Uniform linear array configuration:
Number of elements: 48
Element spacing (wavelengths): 1
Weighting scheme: blackman
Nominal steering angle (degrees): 45
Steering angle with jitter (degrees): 46.87
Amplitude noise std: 0.05
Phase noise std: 0.05

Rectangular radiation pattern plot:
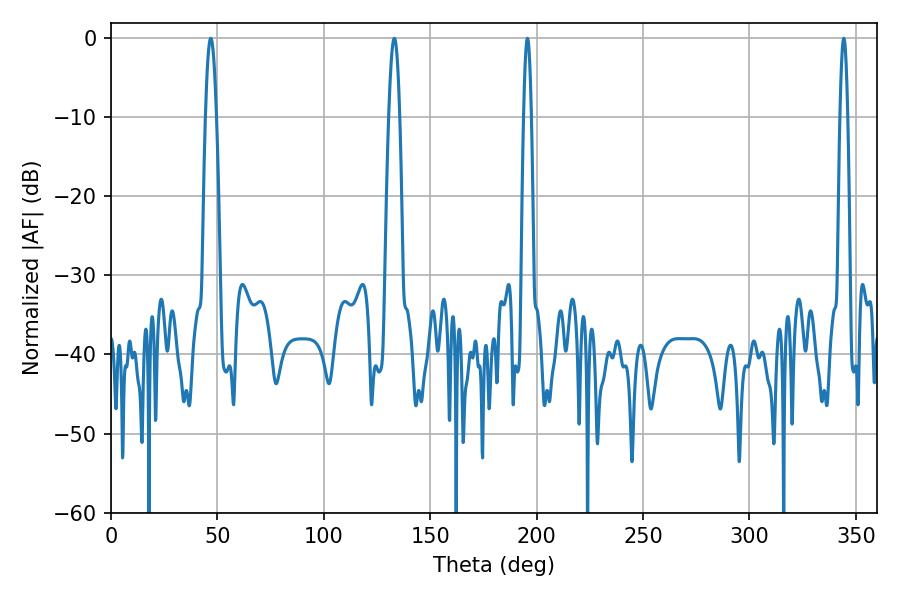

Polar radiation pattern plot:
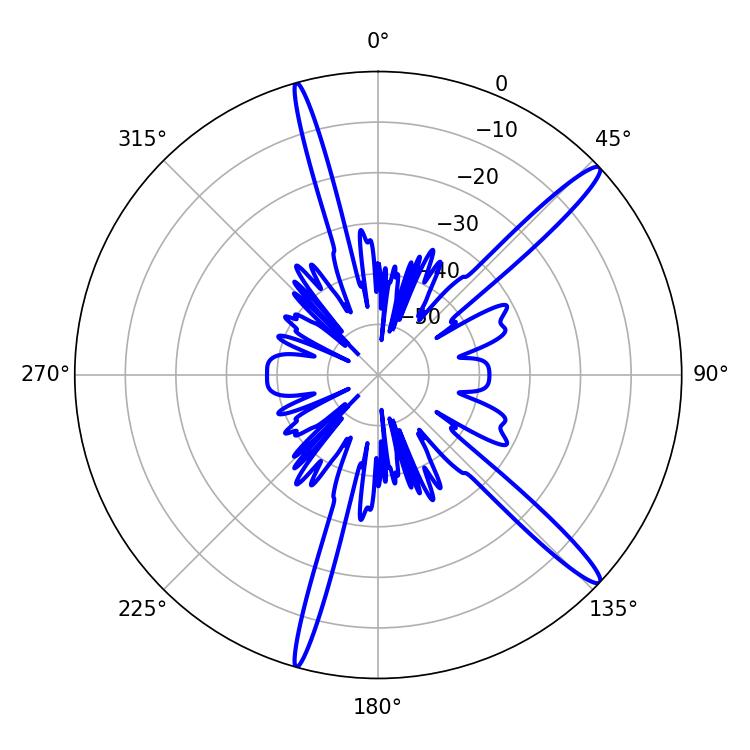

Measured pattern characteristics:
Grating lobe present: TRUE
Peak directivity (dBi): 15.337
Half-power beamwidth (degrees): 1.8
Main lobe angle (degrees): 195.66